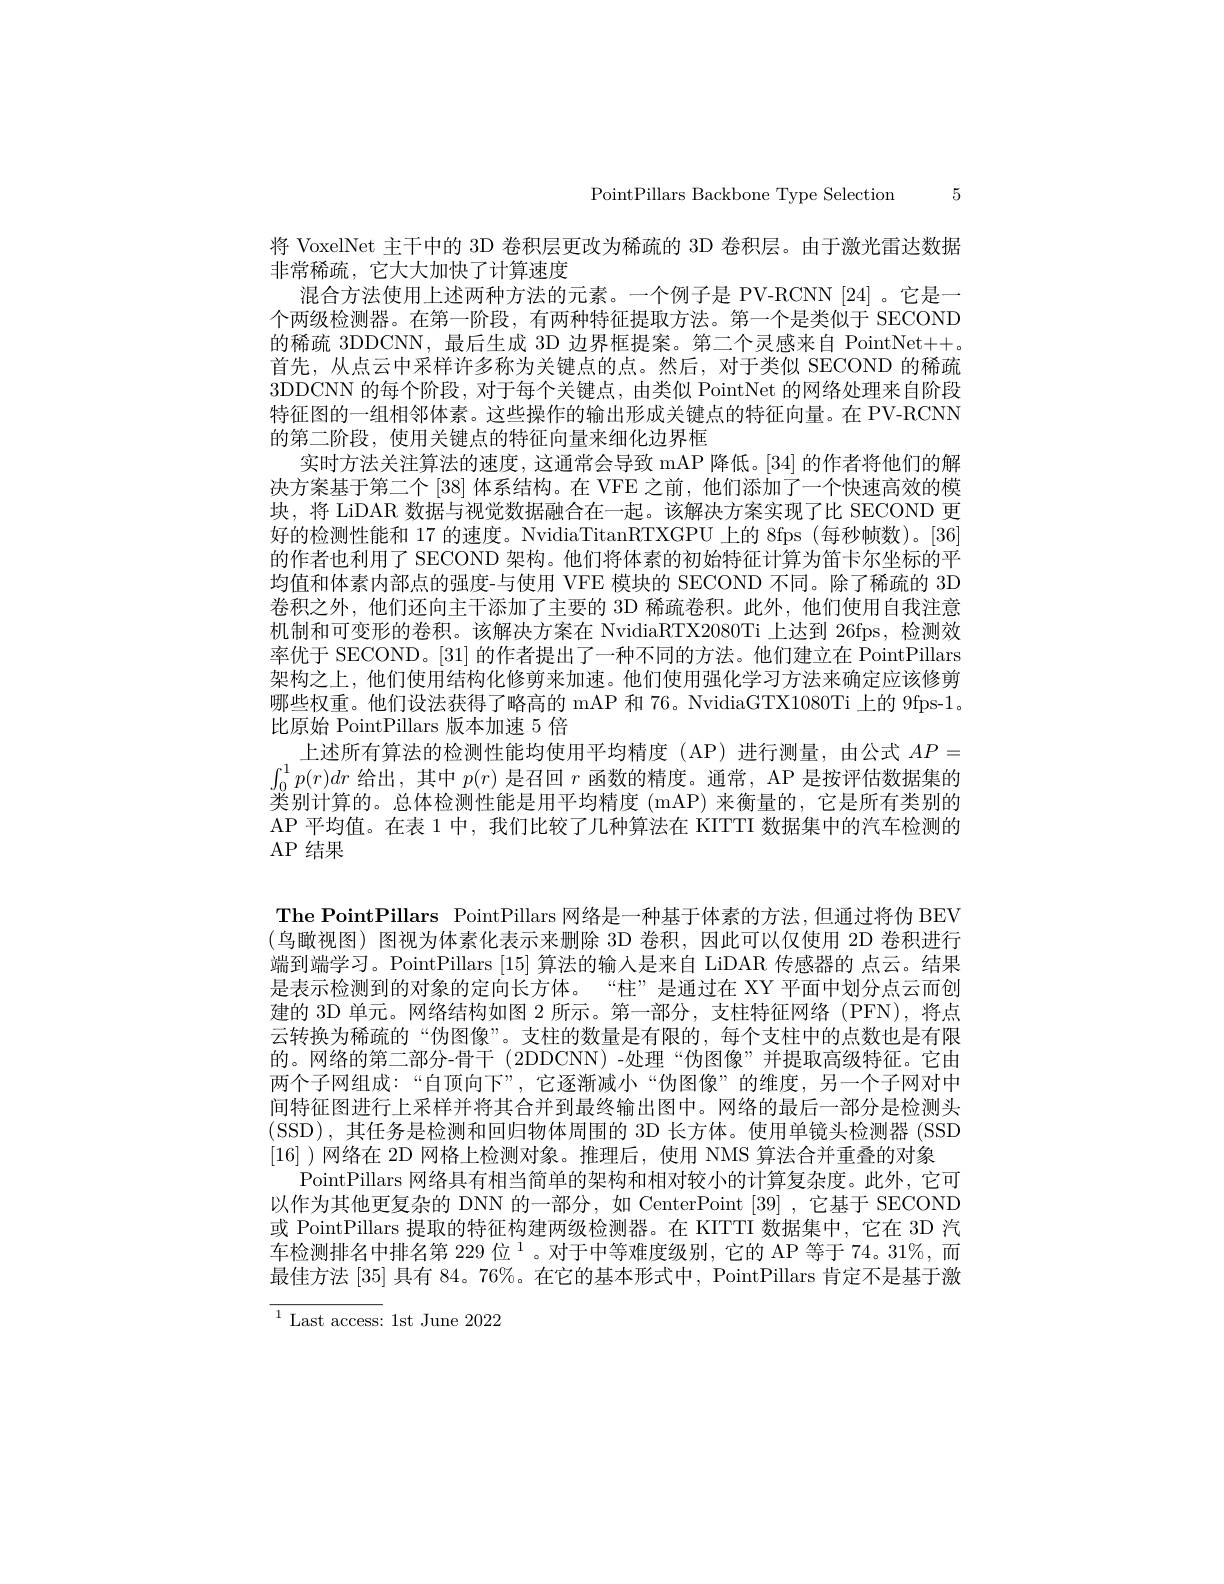
PointPillars Backbone Type Selection 5

将 VoxelNet 主干中的 3D 卷积层更改为稀疏的 3D 卷积层。由于激光雷达数据
非常稀疏，它大大加快了计算速度
混合方法使用上述两种方法的元素。一个例子是 PV-RCNN [24]。它是一个两级检测器。在第一阶段，有两种特征提取方法。第一个是类似于 SECOND 的稀疏 3DDCNN, 最后生成 3D 边界框提案。第二个灵感来自 PointNet++。首先，从点云中采样许多称为关键点的点。然后，对于类似 SECOND 的稀疏3DDCNN 的每个阶段，对于每个关键点，由类似 PointNet 的网络处理来自阶段特征图的一组相邻体素。这些操作的输出形成关键点的特征向量。在 PV-RCNN 的第二阶段，使用关键点的特征向量来细化边界框
实时方法关注算法的速度，这通常会导致 mAP 降低。[34] 的作者将他们的解决方案基于第二个[38] 体系结构。在 VFE 之前，他们添加了一个快速高效的模块，将 LiDAR 数据与视觉数据融合在一起。该解决方案实现了比 SECOND 更好的检测性能和 17 的速度。NvidiaTitanRTXGPU 上的 8fps (每秒帧数)。[36] 的作者也利用了 SECOND 架构。他们将体素的初始特征计算为笛卡尔坐标的平均值和体素内部点的强度-与使用 VFE 模块的 SECOND 不同。除了稀疏的 3D 卷积之外，他们还向主干添加了主要的 3D 稀疏卷积。此外，他们使用自我注意机制和可变形的卷积。该解决方案在 NvidiaRTX2080Ti 上达到 26fps, 检测效率优于 SECOND。[31] 的作者提出了一种不同的方法。他们建立在 PointPillars 架构之上，他们使用结构化修剪来加速。他们使用强化学习方法来确定应该修剪哪些权重。他们设法获得了略高的 mAP 和 76。NvidiaGTX1080Ti 上的 9fps-1。比原始 PointPillars 版本加速 5 倍
上述所有算法的检测性能均使用平均精度(AP)进行测量，由公式$AP=$ $\int_0^1p(r)dr$给出，其中$p(r)$是召回$r$函数的精度。通常，AP 是按评估数据集的类别计算的。总体检测性能是用平均精度 (mAP) 来衡量的，它是所有类别的AP 平均值。在表 1 中，我们比较了几种算法在 KITTI 数据集中的汽车检测的AP 结果
The PointPillars PointPillars 网络是一种基于体素的方法，但通过将伪 BEV (鸟瞰视图)图视为体素化表示来删除 3D 卷积，因此可以仅使用 2D 卷积进行端到端学习。PointPillars [15]算法的输入是来自 LiDAR 传感器的 点云。结果是表示检测到的对象的定向长方体。“柱”是通过在 XY 平面中划分点云而创建的 3D 单元。网络结构如图 2 所示。第一部分，支柱特征网络 (PFN),将点云转换为稀疏的“伪图像”。支柱的数量是有限的，每个支柱中的点数也是有限的。网络的第二部分-骨干 (2DDCNN)-处理“伪图像”并提取高级特征。它由两个子网组成：“自顶向下”,它逐渐减小“伪图像”的维度，另一个子网对中间特征图进行上采样并将其合并到最终输出图中。网络的最后一部分是检测头(SSD),其任务是检测和回归物体周围的 3D 长方体。使用单镜头检测器 (SSD [16] )网络在 2D 网格上检测对象。推理后，使用 NMS 算法合并重叠的对象
PointPillars 网络具有相当简单的架构和相对较小的计算复杂度。此外，它可以作为其他更复杂的 DNN 的一部分，如 CenterPoint [39] ,它基于 SECOND 或 PointPillars 提取的特征构建两级检测器。在 KITTI 数据集中，它在 3D 汽车检测排名中排名第 229 位$^1$。对于中等难度级别，它的 AP 等于 74。31%,而最佳方法[35]具有 84。76%。在它的基本形式中，PointPillars 肯定不是基于激

${\overline{{^{1}\text{Last access:}}}}$1st June 2022